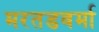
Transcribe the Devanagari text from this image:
मरतडवर्मा